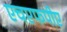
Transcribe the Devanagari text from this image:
एचएफपीए